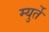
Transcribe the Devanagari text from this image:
म्युर्ते